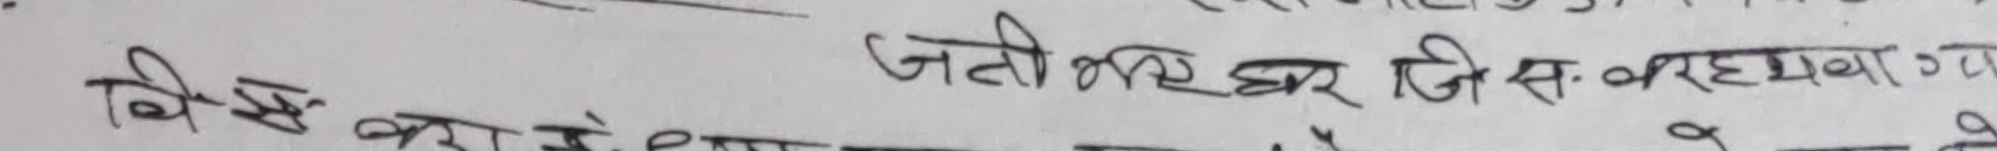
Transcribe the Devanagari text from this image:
जतीवरहर घर जिस बरहवा गया